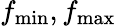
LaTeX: f_{\operatorname*{min}},f_{\operatorname*{max}}